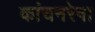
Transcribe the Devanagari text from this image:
कांचनरेषा